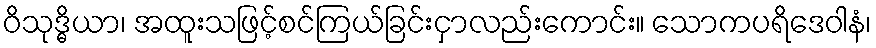
ဝိသုဒ္ဓိယာ၊ အထူးသဖြင့်စင်ကြယ်ခြင်းငှာလည်းကောင်း။ သောကပရိဒေဝါနံ၊